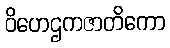
ဝိဟေဌကဇာတိကော